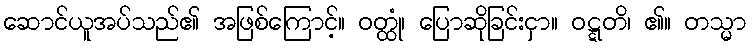
ဆောင်ယူအပ်သည်၏ အဖြစ်ကြောင့်။ ဝတ္ထုံ၊ ပြောဆိုခြင်းငှာ။ ဝဋ္ဋတိ၊ ၏။ တသ္မာ